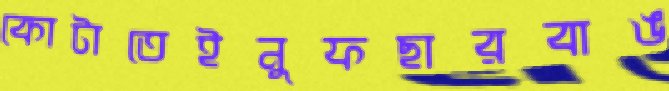
কোটাতেইনুফছারবাঙ